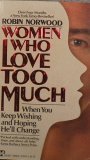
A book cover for Women Who Love Too Much; Robin Norwood; Self-Help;